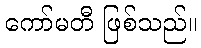
ကော်မတီ ဖြစ်သည်။